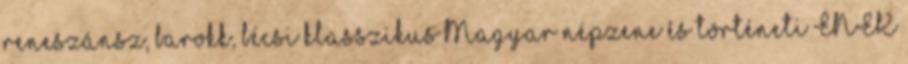
reneszánsz, barokk, bécsi klasszikus Magyar népzene és történeti ÉNEK